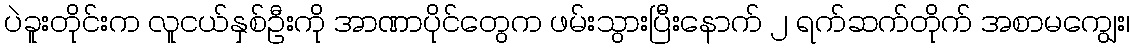
ပဲခူးတိုင်းက လူငယ်နှစ်ဦးကို အာဏာပိုင်တွေက ဖမ်းသွားပြီးနောက် ၂ ရက်ဆက်တိုက် အစာမကျွေး၊